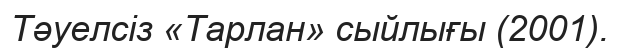
Тәуелсіз «Тарлан» сыйлығы (2001).